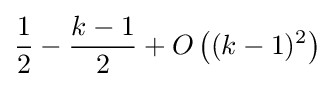
{\frac {1}{2}}-{\frac {k-1}{2}}+O\left((k-1)^{2}\right)